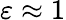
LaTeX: \varepsilon\approx 1